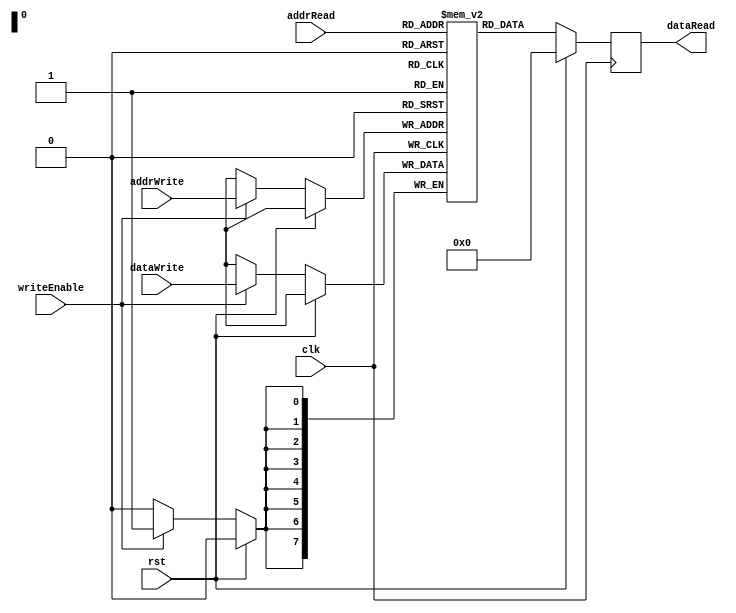
module DualPortRAM (
    input wire clk,
    input wire rst,
    input wire [7:0] addrWrite,
    input wire [7:0] addrRead,
    input wire writeEnable,
    input wire [7:0] dataWrite,
    output reg [7:0] dataRead
);

reg [7:0] memory [0:255];

always @(posedge clk) begin
    if (rst) begin
        dataRead <= 8'b0;
    end else begin
        if (writeEnable) begin
            memory[addrWrite] <= dataWrite;
        end
        
        dataRead <= memory[addrRead];
    end
end

endmodule